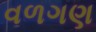
વળગણ